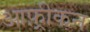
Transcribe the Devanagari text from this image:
आफ़्रीकन